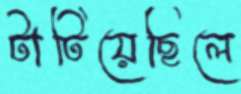
টাটিয়েছিলে